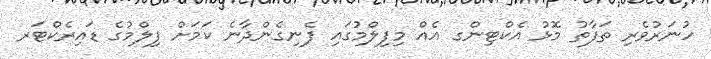
ހުނަރުވެރި ތަފާތު މޮޅު އެކްޓިންގ އެއް މިފިލްމުގައި ފެނިގެންދާނެ ކަމަށް ފިލްމުގެ ޑައިރެކްޓަރ